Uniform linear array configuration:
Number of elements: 32
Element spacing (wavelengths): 0.25
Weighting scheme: blackman
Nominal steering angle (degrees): -15
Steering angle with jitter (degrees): -16.483
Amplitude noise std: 0.05
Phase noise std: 0.05

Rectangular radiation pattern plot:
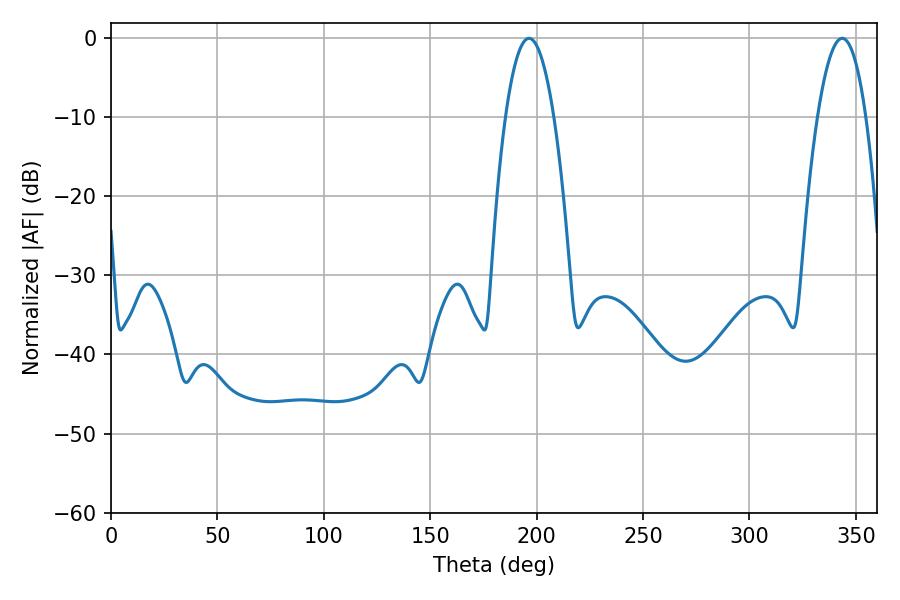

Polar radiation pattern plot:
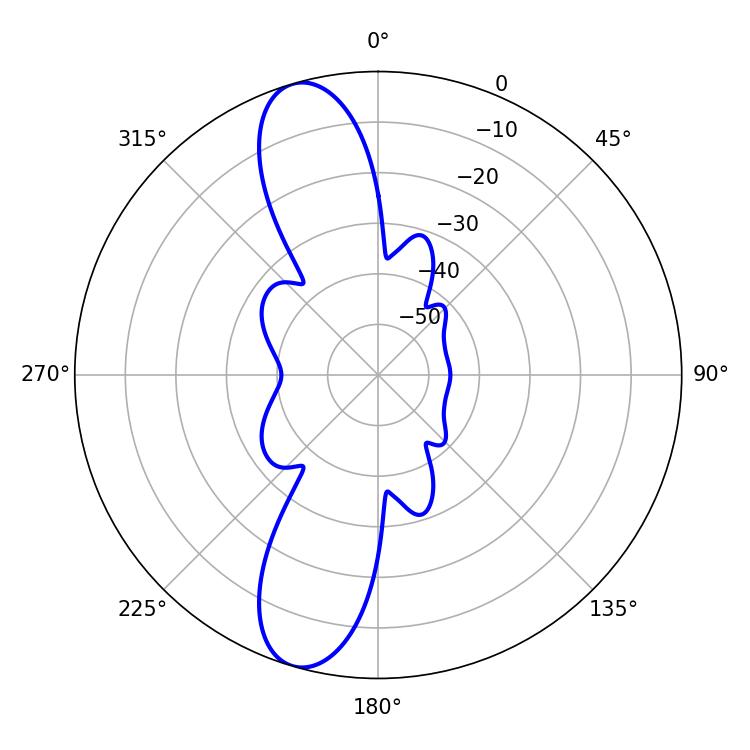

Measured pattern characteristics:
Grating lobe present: FALSE
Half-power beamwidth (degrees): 12.6
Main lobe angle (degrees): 196.38